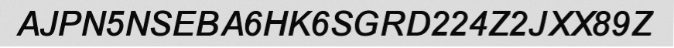
AJPN5NSEBA6HK6SGRD224Z2JXX89Z